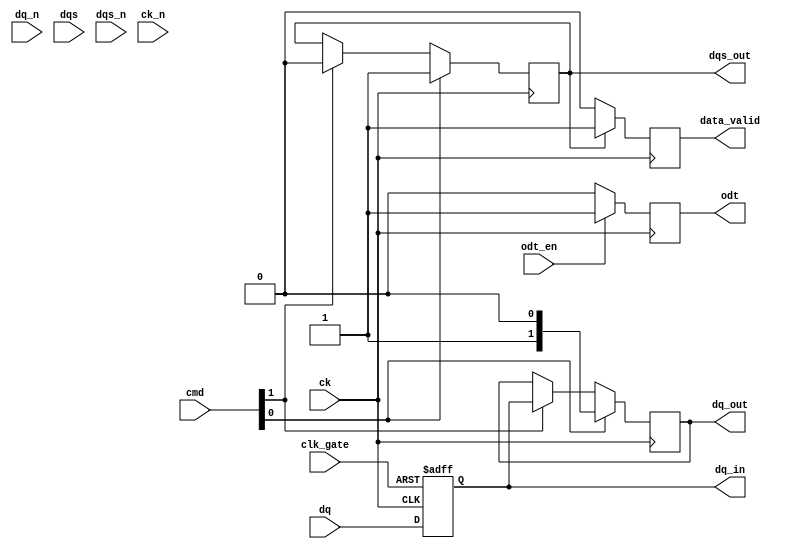
module lpddr3_io_block (
    input wire [DQ_WIDTH-1:0] dq,          // Data lines
    input wire [DQ_WIDTH-1:0] dq_n,        // Inverted data lines (for differential signaling)
    input wire dqs,                        // Data Strobe
    input wire dqs_n,                      // Inverted Data Strobe
    input wire ck,                         // Clock
    input wire ck_n,                       // Inverted Clock
    input wire [3:0] cmd,                  // Command signals (READ, WRITE, etc.)
    input wire odt_en,                     // On-die termination enable
    input wire clk_gate,                   // Clock gating control
    output reg [DQ_WIDTH-1:0] dq_out,      // Output data lines
    output reg dqs_out,                    // Output data strobe
    output reg data_valid,                 // Data valid signal
    output reg odt,                        // On-die termination signal
    output reg [DQ_WIDTH-1:0] dq_in        // Input data lines
);

parameter DQ_WIDTH = 16; // Number of data lines

// Internal signals
reg [DQ_WIDTH-1:0] dq_buffer; // Buffer for data lines
reg [DQ_WIDTH-1:0] dq_out_buffer; // Buffer for output data lines
reg dqs_buffer; // Buffer for DQS
reg clk_en; // Clock enable signal

// Input Buffer Logic
always @(posedge ck or negedge clk_gate) begin
    if (!clk_gate) begin
        dq_in <= {DQ_WIDTH{1'b0}}; // Reset input data
    end else begin
        dq_in <= dq; // Capture input data
    end
end

// Output Buffer Logic
always @(posedge ck) begin
    if (cmd[0]) begin // Example: WRITE command
        dq_out_buffer <= dq_buffer; // Drive output data
        dqs_buffer <= 1'b1; // Assert DQS
    end else if (cmd[1]) begin // Example: READ command
        dq_out_buffer <= dq_in; // Read data from input
        dqs_buffer <= 1'b0; // Deassert DQS
    end
end

// Data Valid Signal Generation
always @(posedge ck) begin
    if (dqs_buffer) begin
        data_valid <= 1'b1; // Data is valid when DQS is asserted
    end else begin
        data_valid <= 1'b0; // Data is not valid when DQS is deasserted
    end
end

// On-Die Termination Control
always @(posedge ck) begin
    if (odt_en) begin
        odt <= 1'b1; // Enable ODT
    end else begin
        odt <= 1'b0; // Disable ODT
    end
end

// Clock Gating Logic
always @(posedge ck) begin
    if (clk_gate) begin
        clk_en <= 1'b1; // Enable clock
    end else begin
        clk_en <= 1'b0; // Disable clock
    end
end

// Assign output signals
assign dq_out = dq_out_buffer;
assign dqs_out = dqs_buffer;

endmodule